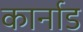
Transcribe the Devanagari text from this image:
कार्नाड